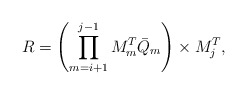
\begin{align*} R = \left(\prod_{m=i+1}^{j-1} M_m^T \bar{Q}_m\right) \times M_j^T,\end{align*}